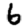
Digit: 6